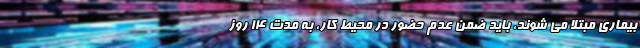
بیماری مبتلا می شوند، باید ضمن عدم حضور در محیط کار، به مدت ۱۴ روز